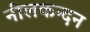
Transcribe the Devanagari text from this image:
नीलकन्दन